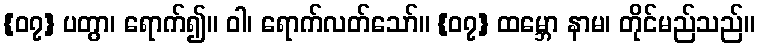
{၀၇} ပတွာ၊ ရောက်၍။ ဝါ၊ ရောက်လတ်သော်။ {၀၇} ထမ္ဘော နာမ၊ တိုင်မည်သည်။